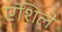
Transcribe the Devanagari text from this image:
एशिले